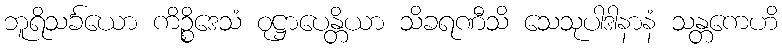
ဘူရိသင်္ခယော ကိဉ္စိဒေသံ ဝုဋ္ဌာပေန္တိယာ သိခရဏီသိ သေသုပါဒါနာနံ သန္တကေဟိ